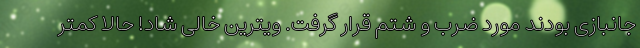
جانبازی بودند مورد ضرب و شتم قرار گرفت. ویترین خالی شاد! حالا کمتر